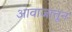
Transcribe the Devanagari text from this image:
आवाजातून